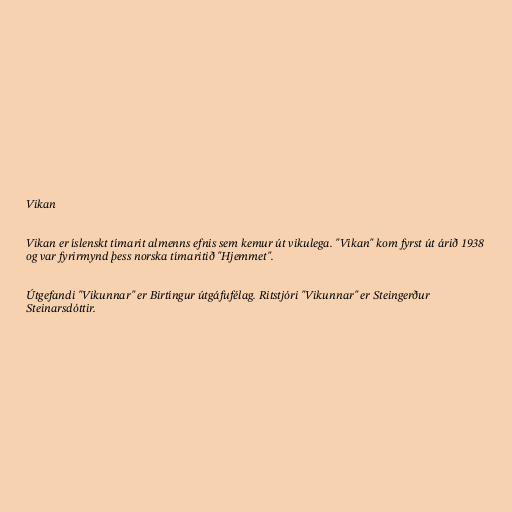
Vikan

Vikan er íslenskt tímarit almenns efnis sem kemur út vikulega. "Vikan" kom fyrst út árið 1938
og var fyrirmynd þess norska tímaritið "Hjemmet".

Útgefandi "Vikunnar" er Birtíngur útgáfufélag. Ritstjóri "Vikunnar" er Steingerður
Steinarsdóttir.